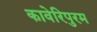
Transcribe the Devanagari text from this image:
कावेरिपुरम